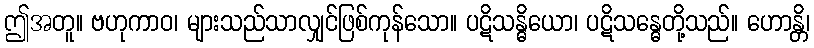
ဤအတူ။ ဗဟုကာဝ၊ များသည်သာလျှင်ဖြစ်ကုန်သော။ ပဋိသန္ဓိယော၊ ပဋိသန္ဓေတို့သည်။ ဟောန္တိ၊